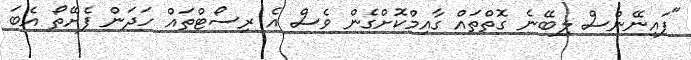
"ފައިނޭންސް ލިބޭނެ ގޮތްތައް ގާއިމްކޮށްގެން ވެސް އެ ރިސޯޓްތައް ހަދަން ފެށޭތޯ އެބަ